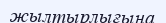
жылтырлығына